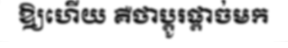
ឱ្យហើយ គឺថាប្តូរផ្តាច់មក